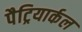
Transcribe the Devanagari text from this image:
पैट्रियार्कल